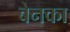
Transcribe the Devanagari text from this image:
बेनका